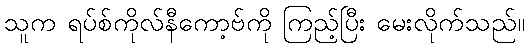
သူက ရပ်စ်ကိုလ်နီကော့ဗ်ကို ကြည့်ပြီး မေးလိုက်သည်။